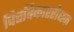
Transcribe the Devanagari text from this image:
पित्तविकाररोधक